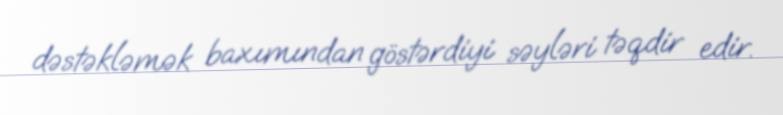
dəstəkləmək baxımından göstərdiyi səyləri təqdir edir.